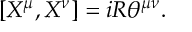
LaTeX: [ X ^ { \mu } , X ^ { \nu } ] = i R { \theta } ^ { { \mu } { \nu } } .